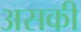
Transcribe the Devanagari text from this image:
असकी